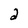
Character: 2